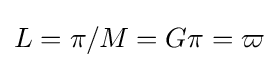
L=\pi /M=G\pi =\varpi